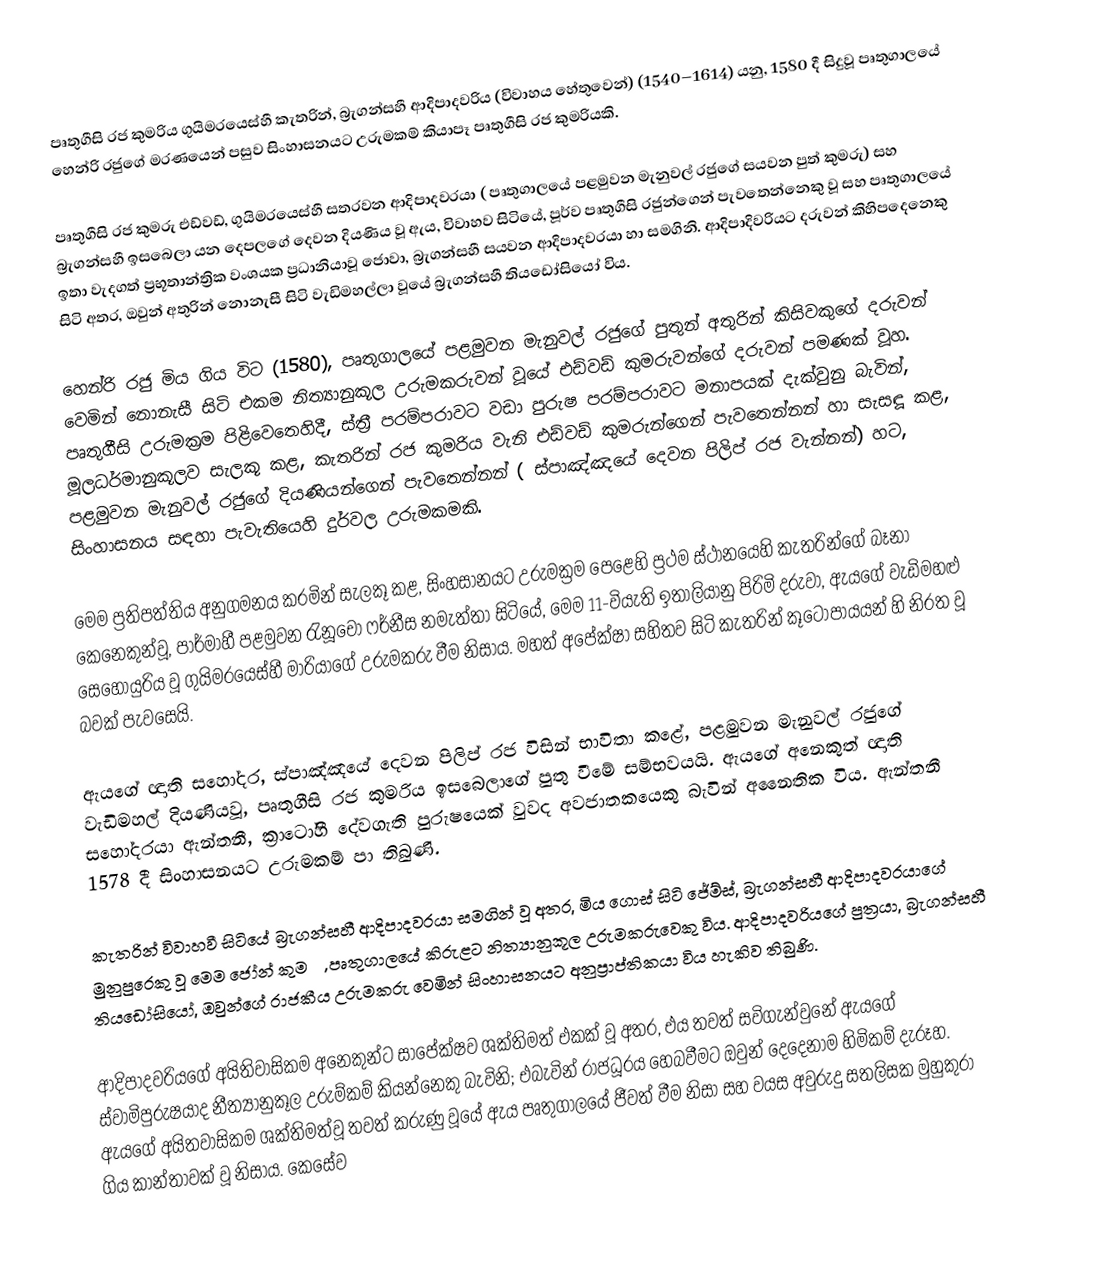
පෘතුගීසි රජ කුමරිය ගුයිමරයෙස්හී කැතරින්, බ්‍රැගන්සහී ආදිපාදවරිය (විවාහය හේතුවෙන්) (1540–1614) යනු,   1580 දී සිදුවූ පෘතුගාලයේ හෙන්රි රජුගේ මරණයෙන් පසුව  සිංහාසනයට උරුමකම් කියාපෑ පෘතුගීසි රජ කුමරියකි.

පෘතුගීසි රජ කුමරු එඩ්වඩ්, ගුයිමරයෙස්හී සතරවන ආදිපාදවරයා ( පෘතුගාලයේ පළමුවන මැනුවල් රජුගේ සයවන පුත් කුමරු) සහ  බ්‍රැගන්සහී ඉසබෙලා යන දෙපලගේ දෙවන දියණිය වූ ඇය, විවාහව සිටියේ, පූර්ව පෘතුගීසි රජුන්ගෙන් පැවතෙන්නෙකු වූ  සහ පෘතුගාලයේ ඉතා වැදගත් ප්‍රභූතාන්ත්‍රික වංශයක ප්‍රධානියාවූ  ජොවා, බ්‍රැගන්සහී සයවන ආදිපාදවරයා හා සමගිනි. ආදිපාදිවරියට දරුවන් කිහිපදෙනෙකු සිටි අතර, ඔවුන් අතුරින් නොනැසී සිටි වැඩිමහල්ලා වූයේ  බ්‍රැගන්සහී තියඩෝසියෝ විය.

හෙන්රි රජු මිය ගිය විට (1580),  පෘතුගාලයේ පළමුවන මැනුවල් රජුගේ පුතුන් අතුරින් කිසිවකුගේ දරුවන් වෙමින් නොනැසී සිටි එකම නිත්‍යානුකූල උරුමකරුවන් වූයේ එඩ්වඩ් කුමරුවන්ගේ දරුවන් පමණක් වූහ. පෘතුගීසි උරුමක්‍රම පිළිවෙතෙහිදී, ස්ත්‍රී පරම්පරාවට වඩා පුරුෂ පරම්පරාවට මනාපයක් දැක්වුනු බැවින්, මූලධර්මානුකූලව සැලකූ කළ, කැතරින් රජ කුමරිය වැනි එඩ්වඩ් කුමරුන්ගෙන් පැවතෙන්නන් හා සැසඳූ කළ,    පළමුවන මැනුවල් රජුගේ දියණියන්ගෙන් පැවතෙන්නන් ( ස්පාඤ්ඤයේ දෙවන පිලිප් රජ වැන්නන්) හට, සිංහාසනය සඳහා පැවැතියෙහි දුර්වල උරුමකමකි.

මෙම ප්‍රතිපත්තිය අනුගමනය කරමින් සැලකූ කළ, සිංහසානයට උරුමක්‍රම පෙළෙහි ප්‍රථම ස්ථානයෙහි කැතරින්ගේ බෑනා කෙනෙකුන්වූ, පාර්මාහී පළමුවන රැනූචෝ ෆර්නීස නමැත්තා සිටියේ, මෙම 11-වියැති ඉතාලියානු පිරිමි දරුවා, ඇයගේ වැඩිමහළු සෙහොයුරිය වූ  ගුයිමරයෙස්හී මාරියාගේ උරුමකරු වීම නිසාය. මහත් අපේක්ෂා සහිතව සිටි කැතරින් කූටෝපායයන්  හි නිරත වූ බවක් පැවසෙයි.

ඇයගේ ඥාති සහෝදර, ස්පාඤ්ඤයේ දෙවන පිලිප් රජ විසින් භාවිතා කළේ, පළමුවන මැනුවල් රජුගේ වැඩිමහල් දියණියවූ, පෘතුගීසි රජ කුමරිය ඉසබෙලාගේ පුතු වීමේ සම්භවයයි. ඇයගේ අනෙකුත් ඥාති සහෝදරයා ඇන්තනී, ක්‍රාටෝහී දේවගැති පුරුෂයෙක් වුවද  අවජාතකයෙකු බැවින් අනෛතික විය. ඇන්තනී 1578 දී සිංහාසනයට උරුමකම් පා තිබුණි.

කැතරින් විවාහවී සිටියේ  බ්‍රැගන්සහී ආදිපාදවරයා සමගින් වූ අතර, මිය ගොස් සිටි  ජේම්ස්, බ්‍රැගන්සහී ආදිපාදවරයාගේ මුනුපුරෙකු වූ මෙම ජෝන් කුමරු, පෘතුගාලයේ කිරුළට නිත්‍යානුකූල උරුමකරුවෙකු විය. ආදිපාදවරියගේ පුත්‍රයා, බ්‍රැගන්සහී තියඩෝසියෝ, ඔවුන්ගේ රාජකීය උරුමකරු වෙමින් සිංහාසනයට අනුප්‍රාප්තිකයා විය හැකිව තිබුණි.

ආදිපාදවරියගේ අයිතිවාසිකම අනෙකුන්ට සාපේක්ෂව ශක්තිමත් එකක් වූ අතර, එය තවත් සවිගැන්වුනේ ඇයගේ ස්වාමිපුරුෂයාද නීත්‍යානුකූල උරුම්කම් කියන්නෙකු බැවිනි; එබැවින් රාජධූරය හෙබවීමට ඔවුන් දෙදෙනාම හිමිකම් දැරූහ. ඇයගේ අයිතවාසිකම ශක්තිමත්වූ තවත් කරුණු වූයේ ඇය පෘතුගාලයේ ජීවත් වීම නිසා සහ වයස අවුරුදු සතලිසක මුහුකුරා ගිය කාන්තාවක් වූ නිසාය. කෙසේව